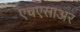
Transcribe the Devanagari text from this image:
एचएसाअर